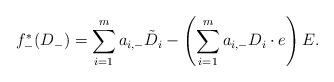
LaTeX: \begin{align*} f_-^*(D_-)=\sum_{i=1}^m a_{i,-}\tilde{D}_i-\left(\sum_{i=1}^m a_{i,-}D_i\cdot e\right)E.\end{align*}